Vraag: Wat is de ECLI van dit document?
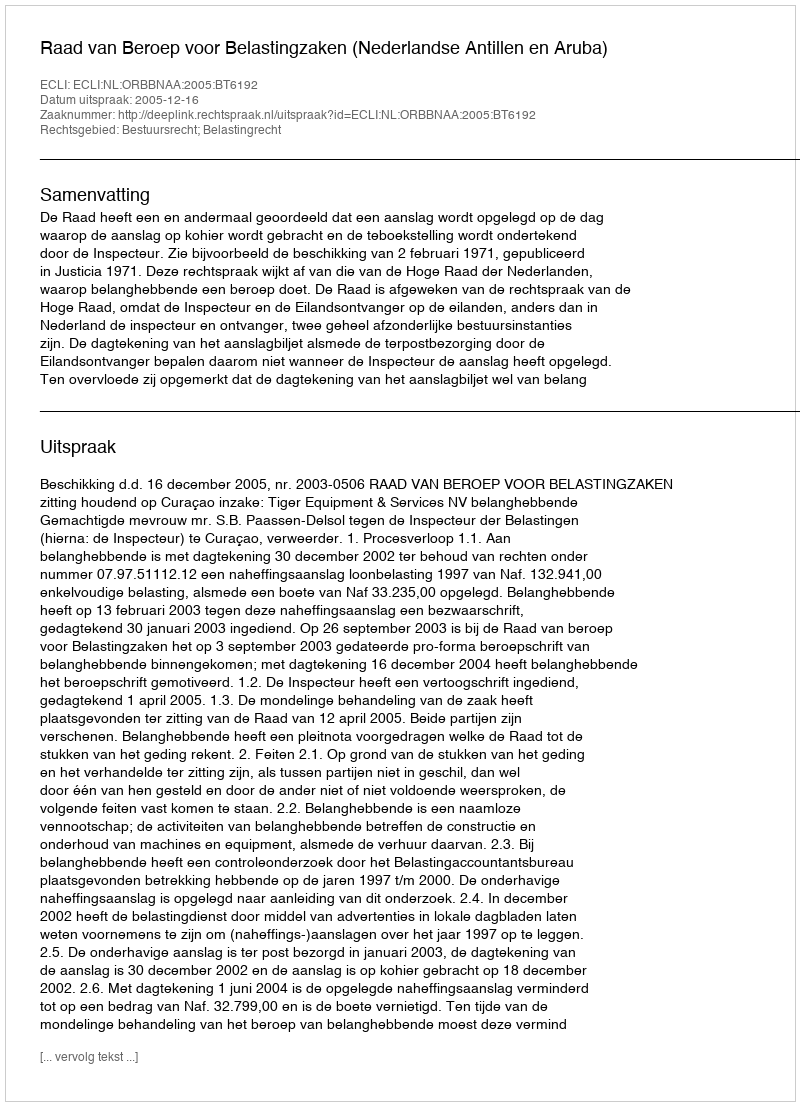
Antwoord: ECLI:NL:ORBBNAA:2005:BT6192